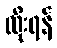
ထိုးရန်